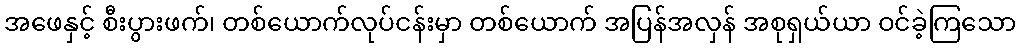
အဖေနှင့် စီးပွားဖက်၊ တစ်ယောက်လုပ်ငန်းမှာ တစ်ယောက် အပြန်အလှန် အစုရှယ်ယာ ဝင်ခဲ့ကြသော